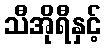
သီအိုရီနှင့်